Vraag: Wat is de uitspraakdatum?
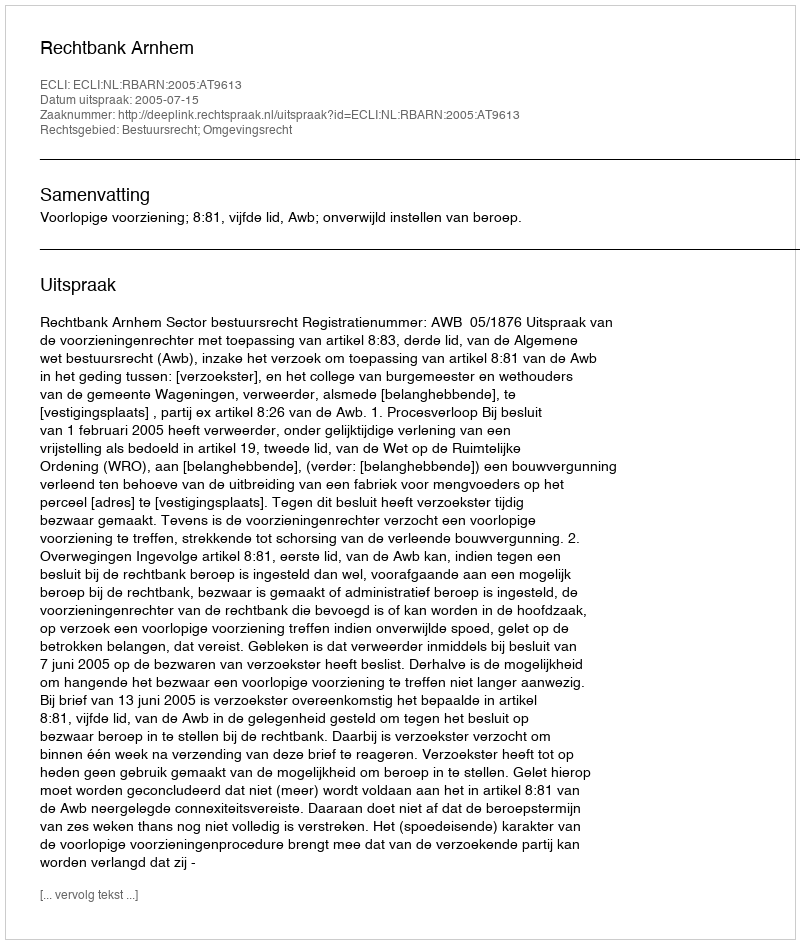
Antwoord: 2005-07-15